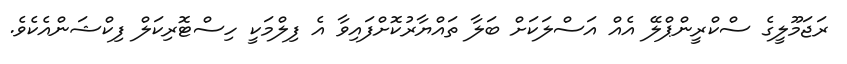
ރަޖަމޫލީގެ ސްކްރީންޕްލޭ އެއް އަސްލަކަށް ބަލާ ތައްޔާރުކޮށްފައިވާ އެ ފިލްމަކީ ހިސްޓޮރިކަލް ފިކްޝަންއެކެވެ.